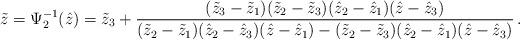
LaTeX: \begin{align*}\tilde z=\Psi_2^{-1}(\hat z)= \tilde z_3+\frac{(\tilde z_3-\tilde z_1)(\tilde z_2-\tilde z_3)(\hat z_2-\hat z_1)(\hat z-\hat z_3)}{(\tilde z_2-\tilde z_1)(\hat z_2-\hat z_3)(\hat z-\hat z_1)-(\tilde z_2-\tilde z_3)(\hat z_2-\hat z_1)(\hat z-\hat z_3)}\,.\end{align*}